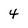
Character: 4